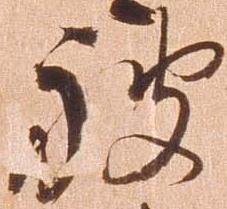
被